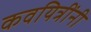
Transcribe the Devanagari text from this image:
कवयित्रींनी